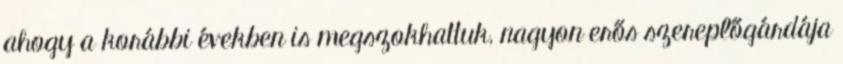
ahogy a korábbi években is megszokhattuk, nagyon erős szereplőgárdája